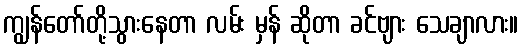
ကျွန်တော်တို့သွားနေတာ လမ်း မှန် ဆိုတာ ခင်ဗျား သေချာလား။